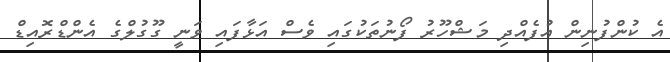
އެ ކުންފުނިން އުފެއްދި މަޝްހޫރު ފޯނުތަކުގައި ވެސް އަޅާފައި ވަނީ ގޫގުލްގެ އެންޑްރޮއިޑް